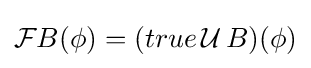
{\mathcal {F}}B(\phi )=(true\,{\mathcal {U}}\,B)(\phi )